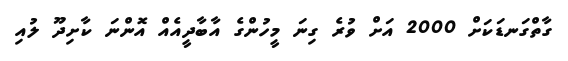
ގާތްގަނޑަކަށް 2000 އަށް ވުރެ ގިނަ މީހުންގެ އާބާދީއެއް އޮންނަ ކާށިދޫ ލުއި